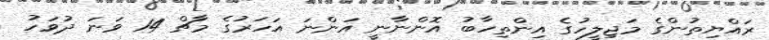
ރައްޔިތުންގެ މަޖިލީހުގެ އިންތިހާބު އޮންނާނީ އަންނަ އަހަރުގެ މާޗް 14 ވަނަ ދުވަހު